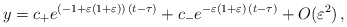
\begin{align*} y= c_{+} e^{ ( - 1 + \varepsilon (1 + \varepsilon)) \, ( t - \tau ) } + c_{-} e^{-\varepsilon(1+\varepsilon)\, (t-\tau)} + O(\varepsilon^2) \,,\end{align*}